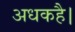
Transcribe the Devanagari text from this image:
अधकहै।